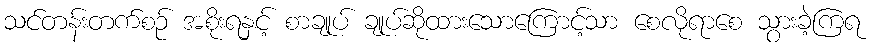
သင်တန်းတက်စဉ် အစိုးရနှင့် စာချုပ် ချုပ်ဆိုထားသောကြောင့်သာ စေလိုရာစေ သွားခဲ့ကြရ